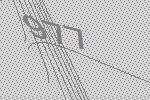
977